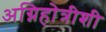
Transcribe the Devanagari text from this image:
अग्निहोत्रीशी